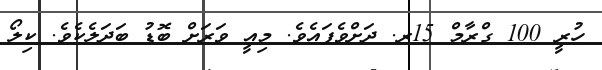
ހުރީ 100 ގްރާމް 15ރ. ދަށްވެފައެވެ. މިއީ ވަރަށް ބޮޑު ބަދަލެކެވެ. ކިލޯ